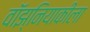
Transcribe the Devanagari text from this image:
वॉझ्नियाकीला